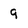
Character: 9